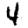
Digit: 4